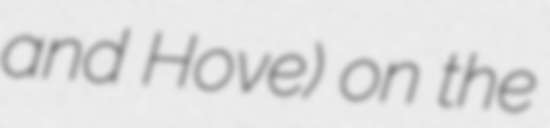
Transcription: and Hove) on the